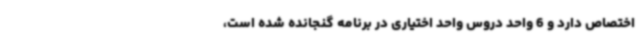
اختصاص دارد و 6 واحد دروس واحد اختیاری در برنامه گنجانده شده است،